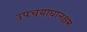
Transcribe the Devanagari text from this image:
उपचयाधानक्षम